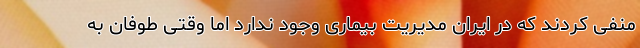
منفی کردند که در ایران مدیریت بیماری وجود ندارد اما وقتی طوفان به